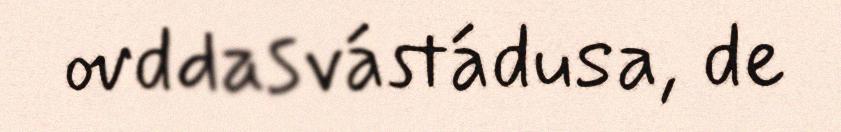
ovddasvástádusa, de